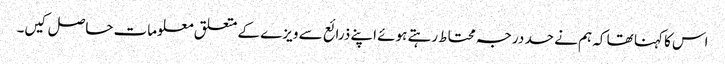
اس کا کہنا تھا کہ ہم نے حد درجہ محتاط رہتے ہوئے اپنے ذرائع سے ویزے کے متعلق معلومات حاصل کیں۔